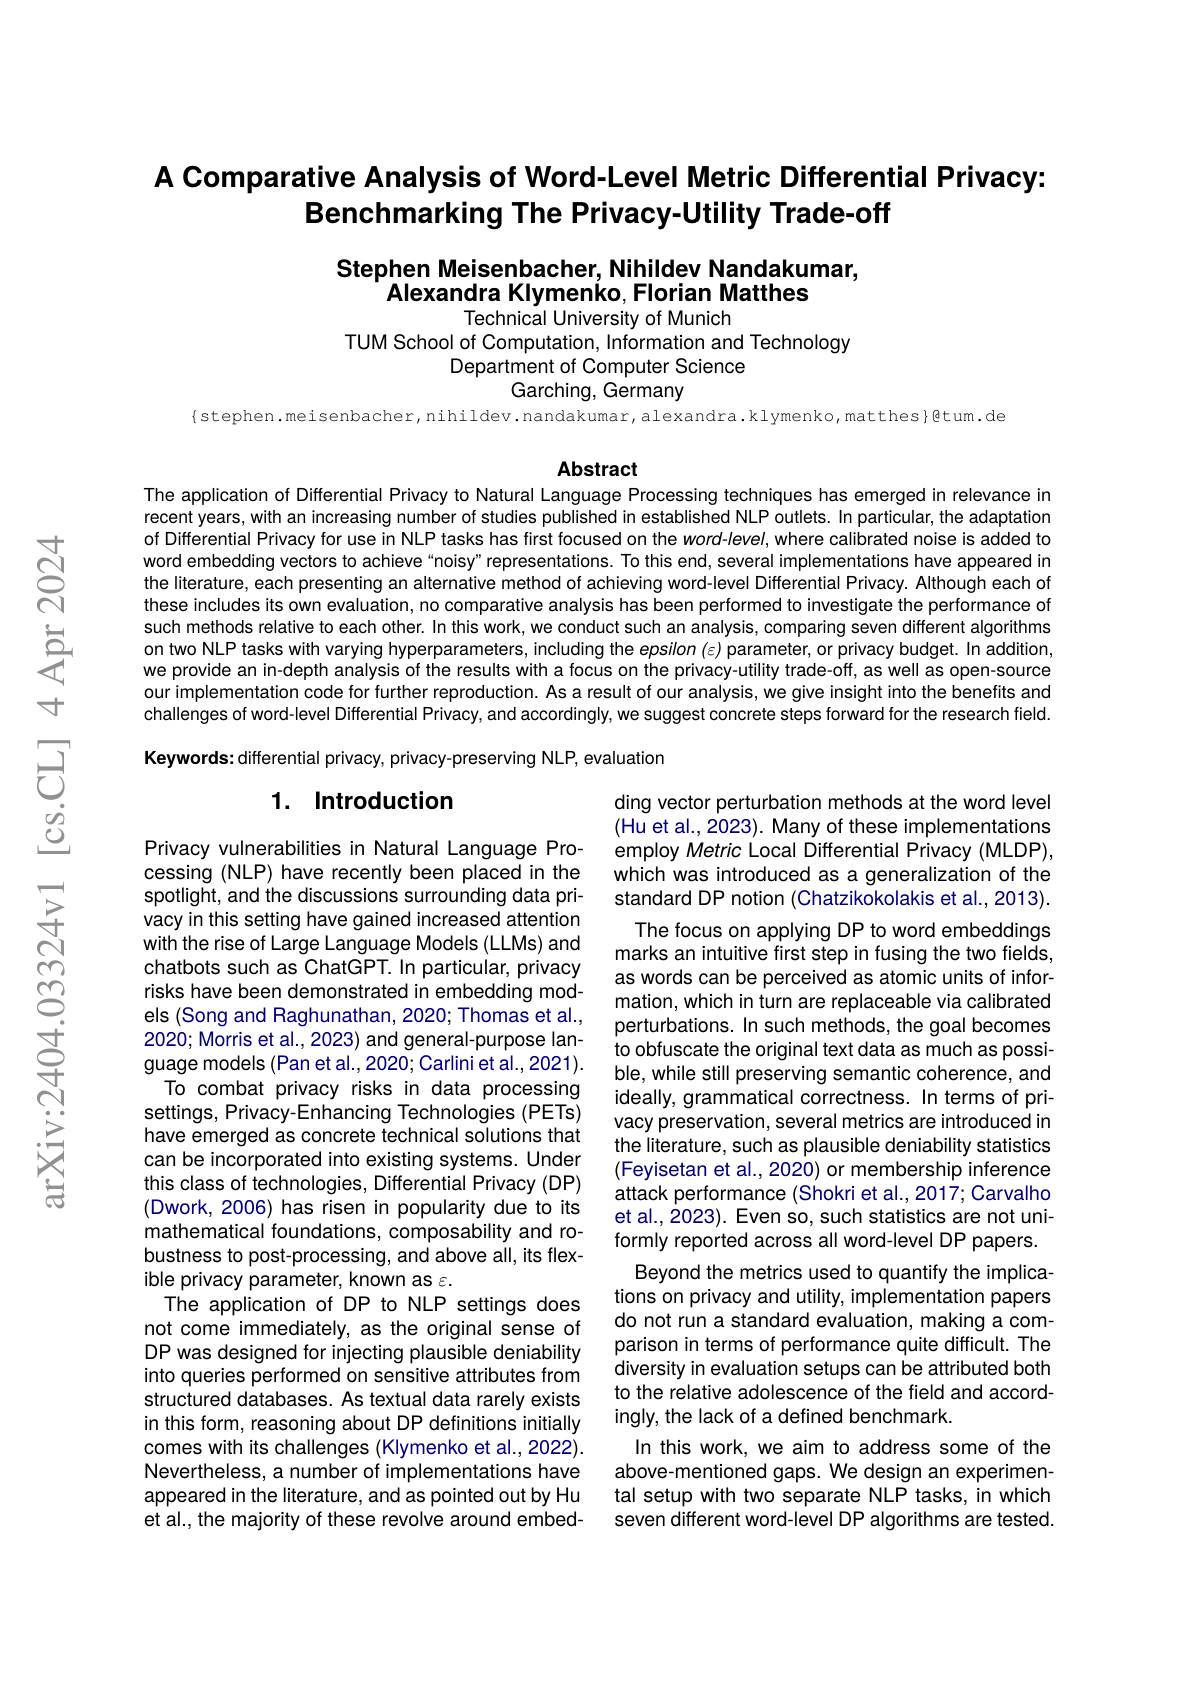
## A Comparative Analysis of Word-Level Metric Differential Privacy: Benchmarking The Privacy-Utility Trade-off

# Stephen Meisenbacher, Nihildev Nandakumar, Alexandra Klymenko, Florian Matthes Technical University of Munich

TUM School of Computation, Information and Technology
Department of Computer Science
Garching, Germany

$\{$stephen.meisenbacher,nihildev.nandakumar,alexandra.klymenko,matthes}{@tum.de}(t),meisenbacher,nihildev.nandakumar,alexandra.klymenko,matthes}@tum.de

Abstract

The application of Differential Privacy to Natural Language Processing techniques has emerged in relevance in recent years, with an increasing number of studies published in established NLP outlets. In particular, the adaptation of Differential Privacy for use in NLP tasks has first focused on the word-level, where calibrated noise is added to word embedding vectors to achieve“noisy"representations. To this end, several implementations have appeared in the literature, each presenting an alternative method of achieving word-level Differential Privacy. Although each of these includes its own evaluation, no comparative analysis has been performed to investigate the performance of such methods relative to each other. In this work, we conduct such an analysis, comparing seven different algorithms on two NLP tasks with varying hyperparameters, including the epsilon $(\varepsilon)$ parameter, or privacy budget. In addition, we provide an in-depth analysis of the results with a focus on the privacy-utility trade-off, as well as open-source our implementation code for further reproduction. As a result of our analysis, we give insight into the benefits and challenges of word-level Differential Privacy, and accordingly, we suggest concrete steps forward for the research field. Keywords: differential privacy, privacy-preserving NLP, evaluation

## 1. Introduction

ding vector perturbation methods at the word level (Hu et al., 2023). Many of these implementations employ Metric Local Differential Privacy (MLDP), which was introduced as a generalization of the standard DP notion (Chatzikokolakis et al., 2013). The focus on applying DP to word embeddings marks an intuitive first step in fusing the two fields, as words can be perceived as atomic units of information, which in turn are replaceable via calibrated perturbations. In such methods, the goal becomes to obfuscate the original text data as much as possible, while still preserving semantic coherence, and ideally, grammatical correctness. In terms of privacy preservation, several metrics are introduced in the literature, such as plausible deniability statistics (Feyisetan et al.,2020) or membership inference attack performance (Shokri et al., 2017; Carvalho et al., 2023). Even so, such statistics are not uniformly reported across all word-level DP papers. Beyond the metrics used to quantify the implications on privacy and utility, implementation papers do not run a standard evaluation, making a comparison in terms of performance quite difficult. The diversity in evaluation setups can be attributed both to the relative adolescence of the field and accordingly, the lack of a defined benchmark.
In this work, we aim to address some of the above-mentioned gaps. We design an experimental setup with two separate NLP tasks, in which seven different word-level DP algorithms are tested.

Privacy vulnerabilities in Natural Language Processing (NLP) have recently been placed in the spotlight, and the discussions surrounding data privacy in this setting have gained increased attention with the rise of Large Language Models (LLMs) and chatbots such as ChatGPT. In particular, privacy risks have been demonstrated in embedding models (Song and Raghunathan, 2020; Thomas et al., 2020; Morris et al., 2023) and general-purpose language models (Pan et al., 2020; Carlini et al., 2021).
To combat privacy risks in data processing settings, Privacy-Enhancing Technologies (PETs) have emerged as concrete technical solutions that can be incorporated into existing systems. Under this class of technologies, Differential Privacy (DP) (Dwork, 2006) has risen in popularity due to its mathematical foundations, composability and robustness to post-processing, and above all, its flexible privacy parameter, known as $\varepsilon.$
The application of DP to NLP settings does not come immediately, as the original sense of DP was designed for injecting plausible deniability into queries performed on sensitive attributes from structured databases. As textual data rarely exists in this form, reasoning about DP definitions initially comes with its challenges (Klymenko et al.,2022). Nevertheless, a number of implementations have appeared in the literature, and as pointed out by Hu et al., the majority of these revolve around embed-